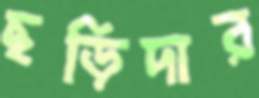
ছড়িদার